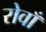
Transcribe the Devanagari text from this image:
रोवाँ